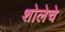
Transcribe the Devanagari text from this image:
शोलेचे